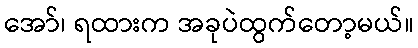
အော်၊ ရထားက အခုပဲထွက်တော့မယ်။